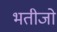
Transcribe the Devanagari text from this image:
भतीजो